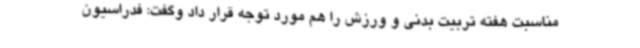
مناسبت هفته تربیت بدنی و ورزش را هم مورد توجه قرار داد وگفت: فدراسیون